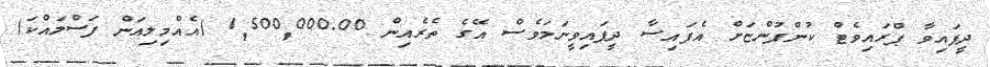
ދީފައިވާ ޕްރައިވެޓް ކުންފުންޏަށް އެފައިސާ ދީފައިވީނަމަވެސް އޭގެ ތެރެއިން 1